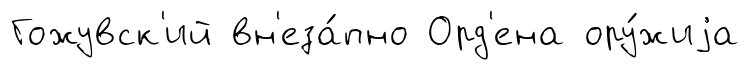
Гожувск'ий вн'еза́пно Орд'ена ору́жиjа